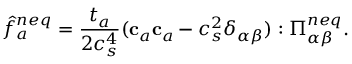
\hat { f } _ { a } ^ { n e q } = \frac { t _ { a } } { 2 c _ { s } ^ { 4 } } ( \mathbf { c } _ { a } \mathbf { c } _ { a } - c _ { s } ^ { 2 } \delta _ { \alpha \beta } ) : \Pi _ { \alpha \beta } ^ { n e q } .